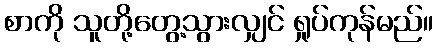
စာကို သူတို့တွေ့သွားလျှင် ရှုပ်ကုန်မည်။